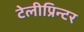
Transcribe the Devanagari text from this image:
टेलीप्रिन्टर